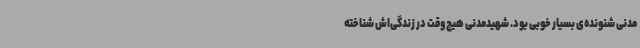
مدنی شنونده‌ی بسیار خوبی بود. شهیدمدنی هیچ وقت در زندگی‌اش شناخته